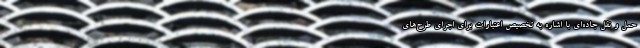
حمل و نقل جاده‌ای با اشاره به تخصیص اعتبارات برای اجرای طر‌ح‌های